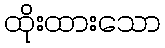
ထိုးထားသော